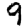
Digit: 9